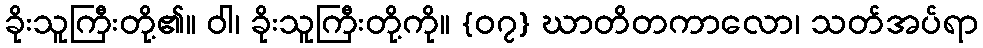
ခိုးသူကြီးတို့၏။ ဝါ၊ ခိုးသူကြီးတို့ကို။ {၀၇} ဃာတိတကာလော၊ သတ်အပ်ရာ